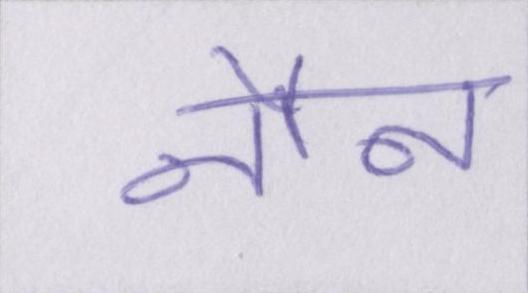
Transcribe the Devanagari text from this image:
नौन